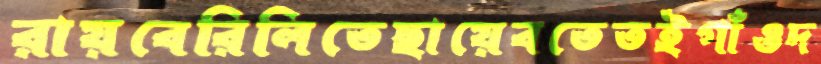
রায়বেরিলিতেছায়েবতেতইগাঁওদ